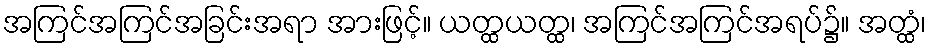
အကြင်အကြင်အခြင်းအရာ အားဖြင့်။ ယတ္ထယတ္ထ၊ အကြင်အကြင်အရပ်၌။ အတ္ထံ၊